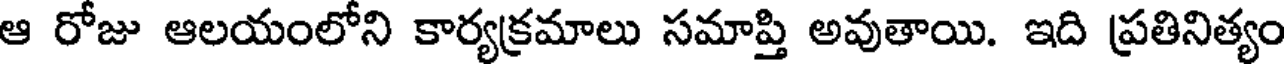
ఆ రోజు ఆలయంలోని కార్యక్రమాలు సమాప్తి అవుతాయి. ఇది ప్రతినిత్యం